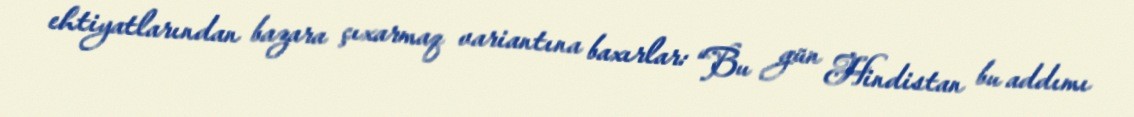
ehtiyatlarından bazara çıxarmaq variantına baxırlar: “Bu gün Hindistan bu addımı